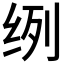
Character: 𮉥